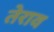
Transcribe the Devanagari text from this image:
तेराव